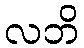
လဘိ